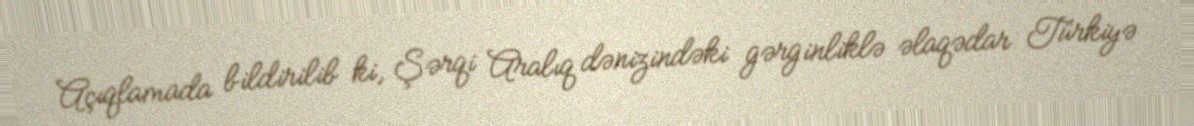
Açıqlamada bildirilib ki, Şərqi Aralıq dənizindəki gərginliklə əlaqədar Türkiyə